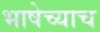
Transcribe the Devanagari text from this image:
भाषेच्याच